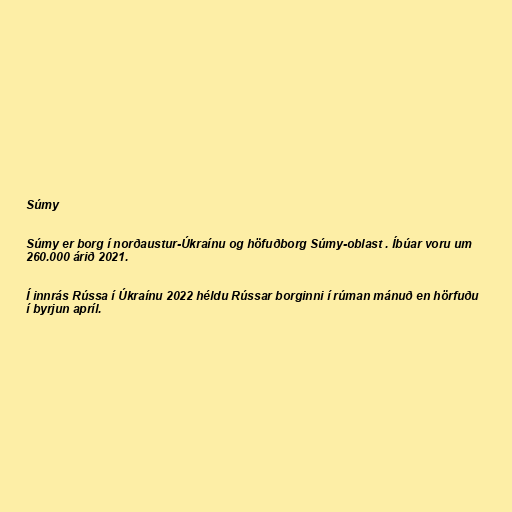
Súmy

Súmy er borg í norðaustur-Úkraínu og höfuðborg Súmy-oblast . Íbúar voru um
260.000 árið 2021.

Í innrás Rússa í Úkraínu 2022 héldu Rússar borginni í rúman mánuð en hörfuðu
í byrjun apríl.